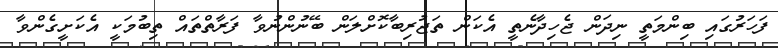
ފަހަރުގައި ބިންމަތީ ނިދަން ޖެހިދާނެތީ އެކަން ތަޖުރިބާކޮށްލަން ބޭނުންނުވާ ފަރާތްތައް ތިބުމަކީ އެކަށީގެންވާ